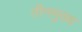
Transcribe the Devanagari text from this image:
तीनमुख्य